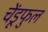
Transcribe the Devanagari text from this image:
चेंडूफुल